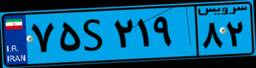
۳۴S۶۱۵۳۵